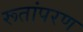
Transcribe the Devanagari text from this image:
रूतांपरण